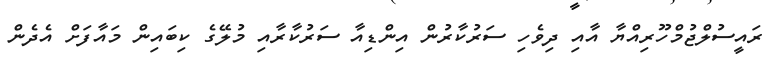
ރައީސުލްޖުމްހޫރިއްޔާ އާއި ދިވެހި ސަރުކާރުން އިންޑިއާ ސަރުކާރާއި މުލޭގެ ކިބައިން މައާފަށް އެދެން